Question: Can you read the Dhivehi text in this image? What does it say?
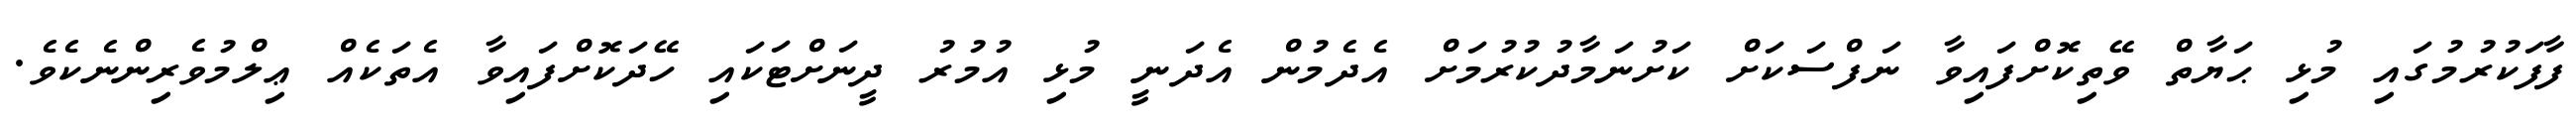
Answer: ފާފަކުރުމުގައި މުޅި ޙަޔާތް ވޭތިކޮށްފައިވާ ނަފްސަކަށް ކަށުނަމާދުކުރުމަށް އެދެމުން އެދަނީ މުޅި އުމުރު ދީނަށްޓަކައި ހޭދަކޮށްފައިވާ އެތަކެއް ޢިލްމުވެރިންނެކެވެ.